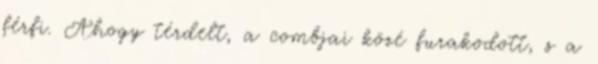
férfi. Ahogy térdelt, a combjai közé furakodott, s a